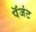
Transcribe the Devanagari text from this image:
पॅजंट